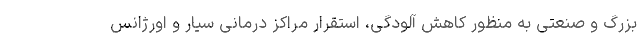
بزرگ و صنعتی به منظور کاهش آلودگی، استقرار مراکز درمانی سیار و اورژانس